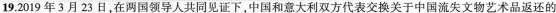
19.2019年3月23日，在两国领导人共同见证下，中国和意大利双方代表交换关于中国流失文物艺术品返还的